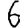
Digit: 6